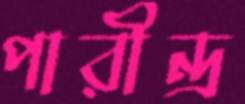
পারীন্দ্র